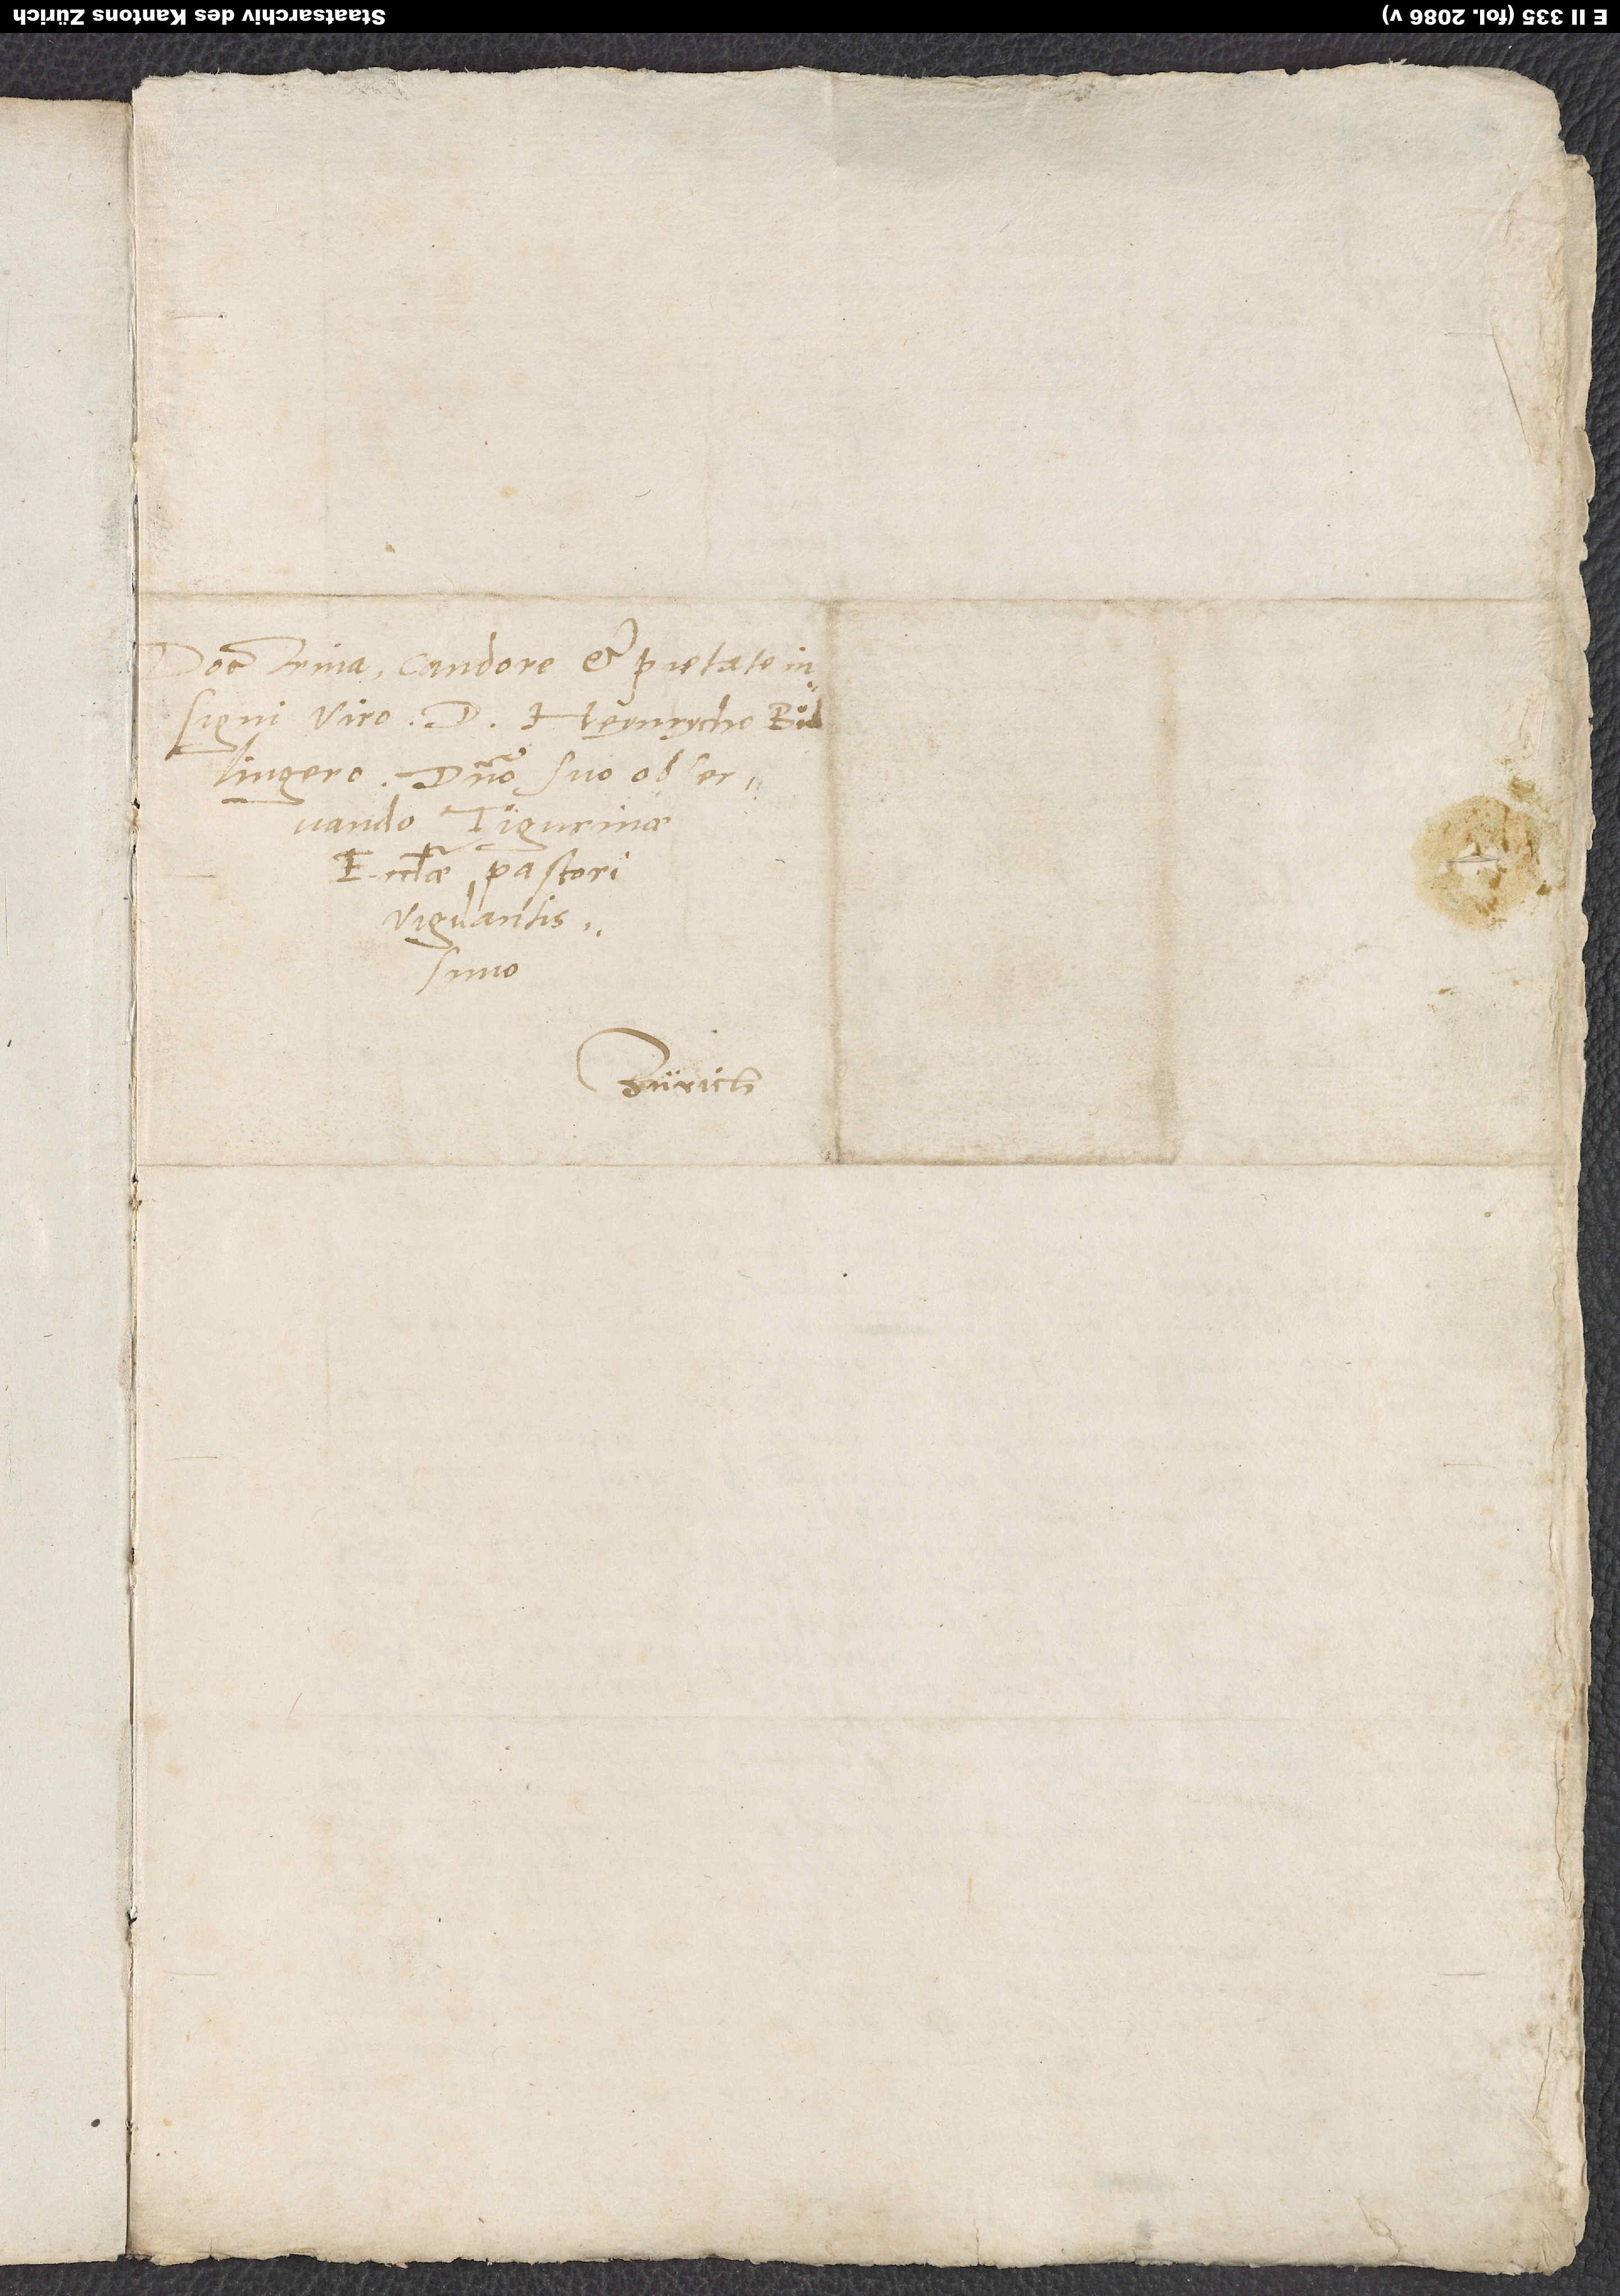
Doctrina, candore et pietate
insigni viro d. Heynrycho
Bullingero, domino suo observando,
Tigurinae
ecclesiae pastori
Zürich.